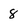
Character: 8